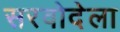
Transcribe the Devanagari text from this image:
सरवोदेला